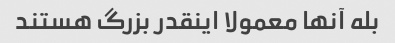
بله آنها معمولا اینقدر بزرگ هستند